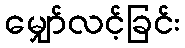
မျှော်လင့်ခြင်း